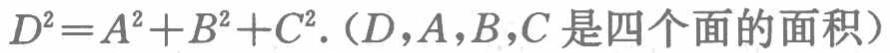
\(D^{2}=A^{2}+B^{2}+C^{2}.(D,A,B,C \text{是四个面的面积})\)